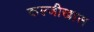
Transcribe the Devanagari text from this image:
कल्जीखाल